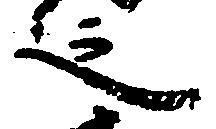
之